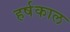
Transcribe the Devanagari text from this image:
हर्षकाल